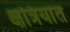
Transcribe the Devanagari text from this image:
क्षत्रियांत